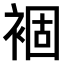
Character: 𧛂